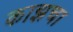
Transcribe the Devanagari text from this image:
काझचा